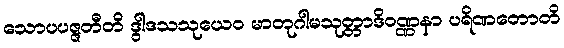
သောပပဇ္ဇတီတိ ဒွါဒသသုယေဝ မာတုဂါမသုတ္တာဒိဝဏ္ဏနာ ပရိဏတောတိ